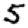
Digit: 5